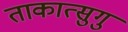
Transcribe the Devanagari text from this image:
ताकात्सुगु